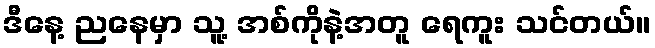
ဒီနေ့ ညနေမှာ သူ့ အစ်ကိုနဲ့အတူ ရေကူး သင်တယ်။